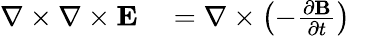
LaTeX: \begin{array}{rlr}{\nabla\times\nabla\times{\mathbf E}}&{{}=\nabla\times\left(-\frac{\partial{\mathbf B}}{\partial t}\right)}&{}\end{array}